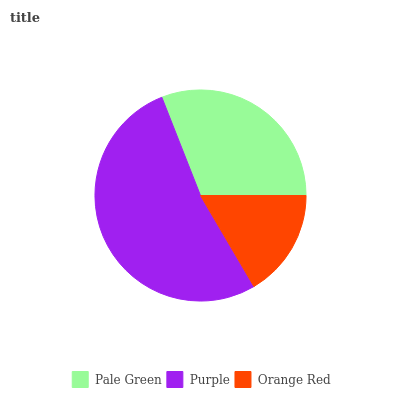
| Pale Green | Purple | Orange Red |
 | --- | --- | --- |
 | 31% | 52.5% | 16.5% |